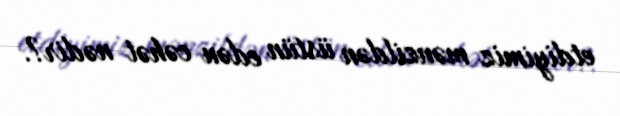
etdiyimiz mənzildən üstün edən cəhət nədir?.